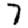
Digit: 7